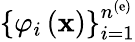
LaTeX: \left\{ \varphi_{i}\left({\mathbf x}\right)\right\} _{i=1}^{n^{\left(\mathrm{e}\right)}}